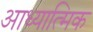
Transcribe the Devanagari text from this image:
आध्यात्‍मिक